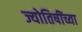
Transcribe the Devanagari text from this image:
ज्योतिषींच्या